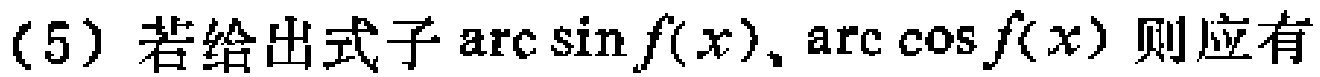
(5) 若给出式子\(\arcsin f(x),\arccos f(x)\)则应有